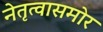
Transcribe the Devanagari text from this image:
नेतृत्वासमोर